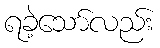
ရခဲ့သော်လည်း